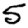
Digit: 5